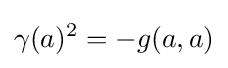
\gamma (a)^{2}=-g(a,a)